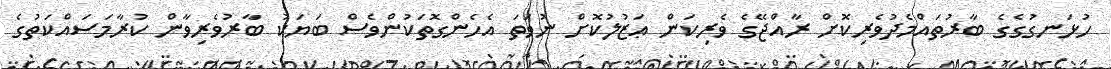
ހުޅަނގުގެގެ ބާރުތައްމެދުވެރިކޮށް ރާއްޖޭގެ ވެރިކަން ޢަޒުލުކޮށް ނުވަތަ އެހެންގޮތަކުންވެސް ބަޔަކު ބާރުވެރިވާން ކުރާމަސައްކަތުގެ